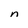
Character: n